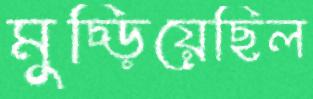
মুচ্‌ড়িয়েছিল